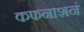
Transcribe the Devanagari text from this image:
कफनाशनं